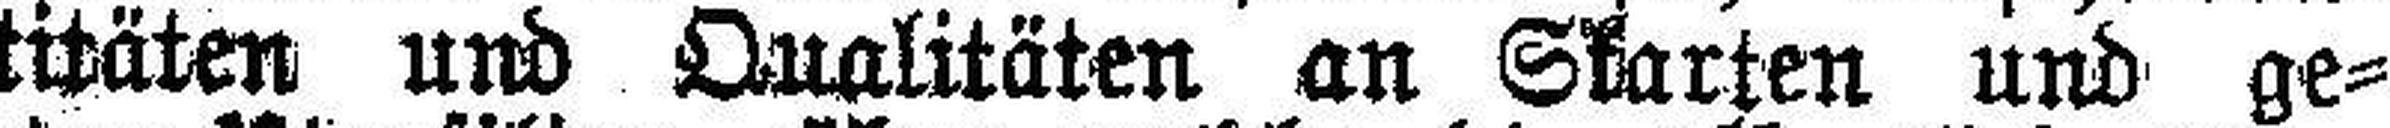
Quantitäten und Qualitäten an Skarten und ge¬